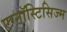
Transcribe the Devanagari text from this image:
एग्नॉस्टिसिज्म